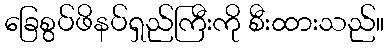
ခြေစွပ်ဖိနပ်ရှည်ကြီးကို စီးထားသည်။